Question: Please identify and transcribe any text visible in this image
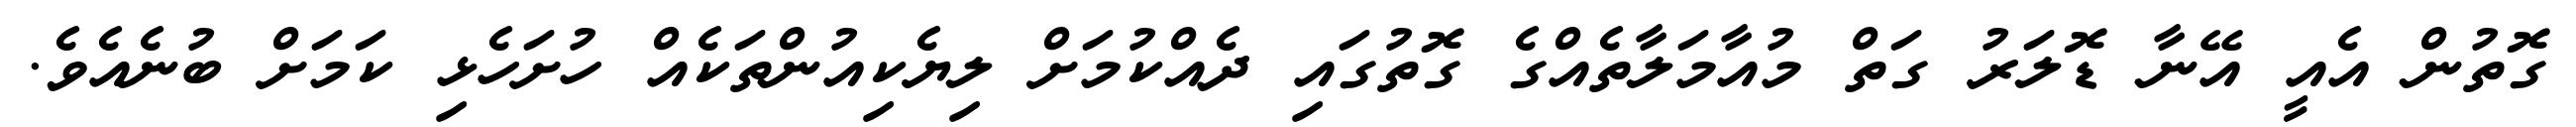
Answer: ގޮތުން އެއީ އޭނާ ޑޮލަރު ގަތް މުއާމަލާތެއްގެ ގޮތުގައި ދެއްކުމަށް ލިޔެކިއުންތަކެއް ހުށަހެޅި ކަމަށް ބުނެއެވެ.